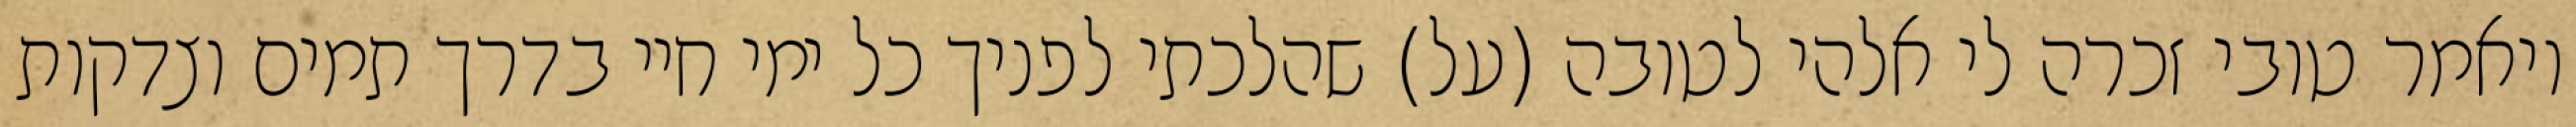
ויאמר טובי זכרה לי אלהי לטובה (על) שהלכתי לפניך כל ימי חיי בדרך תמים וצדקות